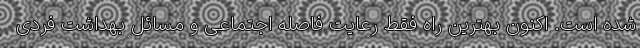
شده است. اکنون بهترین راه فقط رعایت فاصله اجتماعی و مسائل بهداشت فردی